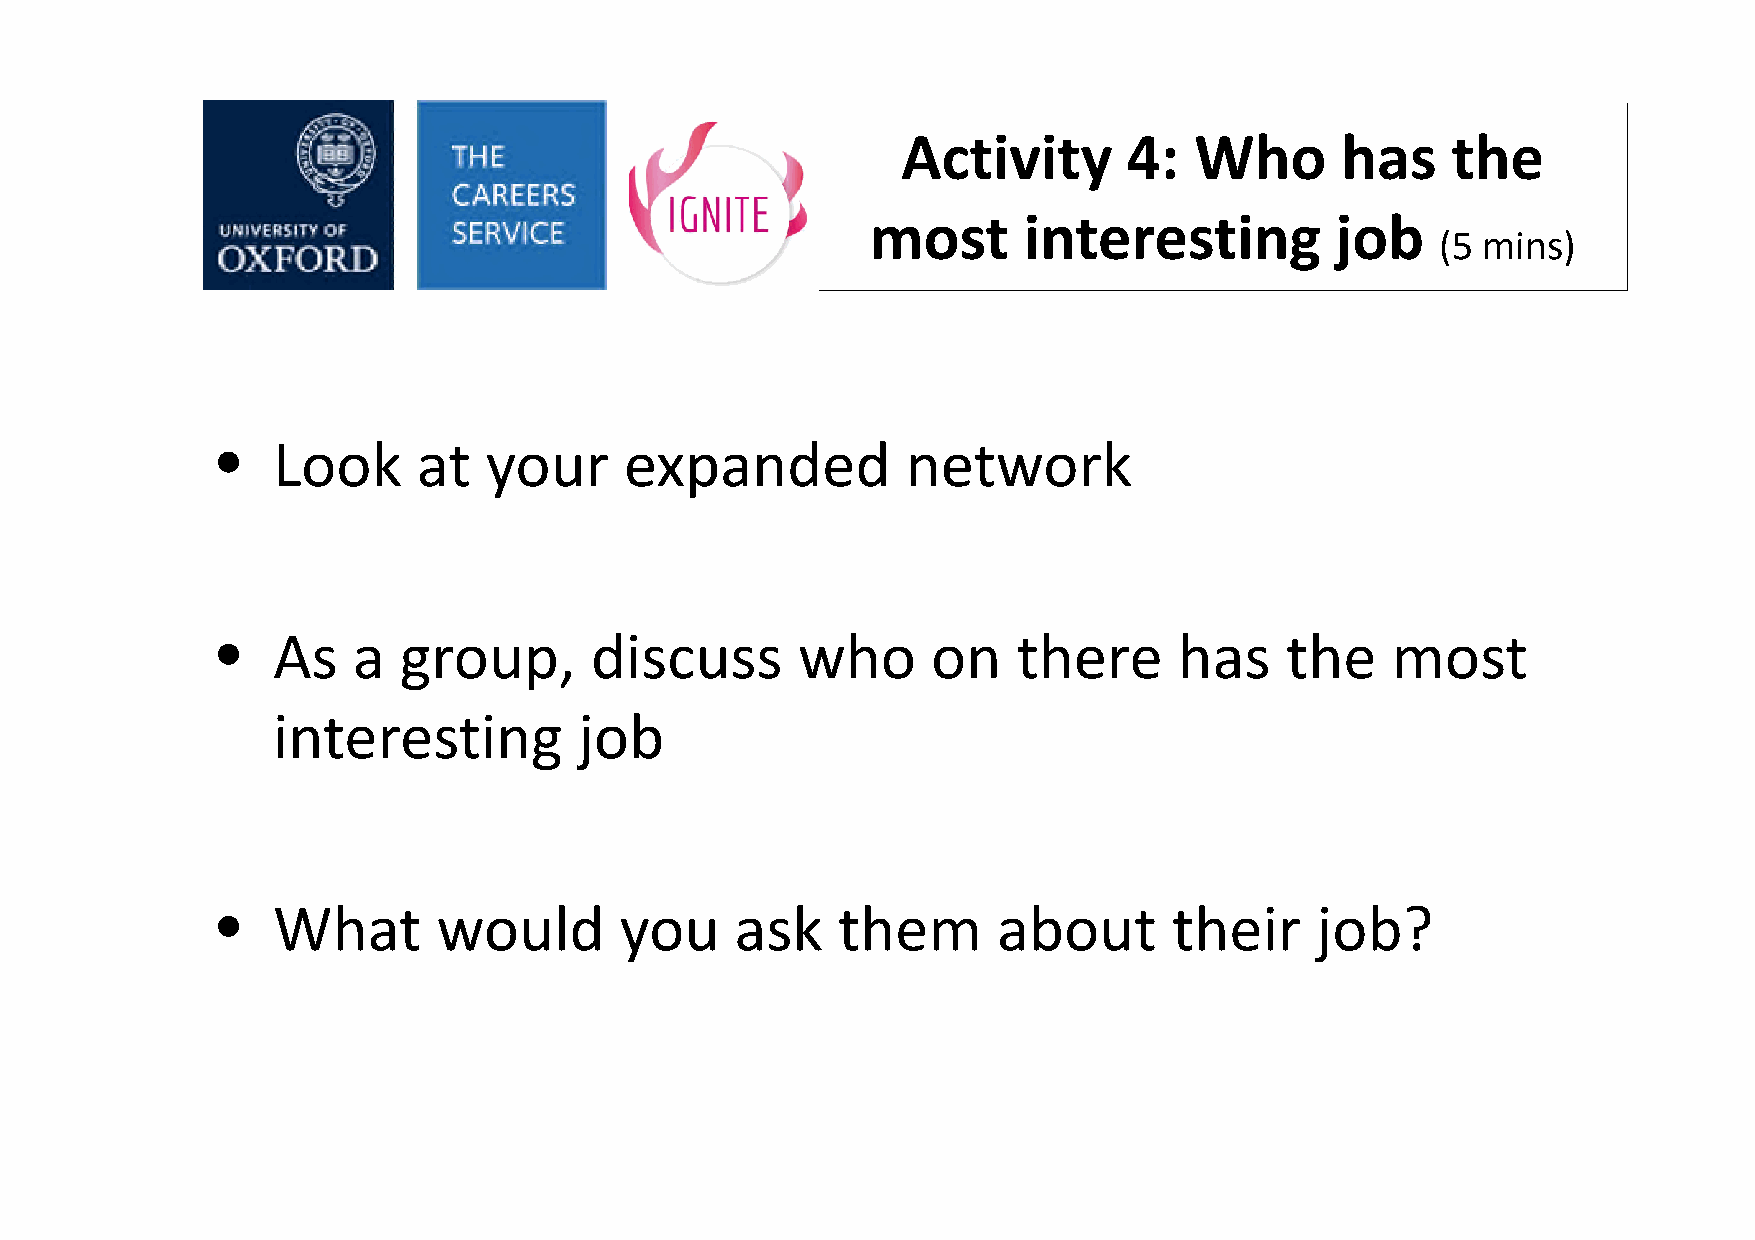
Activity       4:  Who       has    the
 most      interesting         job
 (5 mins)
 •   Look      at  your     expanded           network
 •   As   a  group,       discuss       who      on   there      has    the    most
 interesting         job
 •   What       would       you     ask   them       about       their    job?